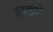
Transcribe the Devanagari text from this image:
झकझोरते